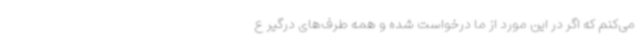
می‌کنم که اگر در این مورد از ما درخواست شده و همه طرف‌های درگیر ع